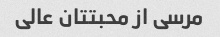
مرسی از محبتتان عالی